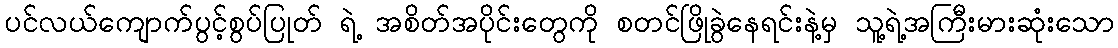
ပင်လယ်ကျောက်ပွင့်စွပ်ပြုတ် ရဲ့ အစိတ်အပိုင်းတွေကို စတင်ဖြိုခွဲနေရင်းနဲ့မှ သူ့ရဲ့အကြီးမားဆုံးသော